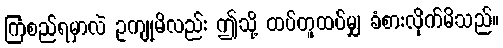
ကြံစည်ရမှာလဲ ဥကျုမိလည်း ဤသို့ ထပ်တူထပ်မျှ ခံစားလိုက်မိသည်။